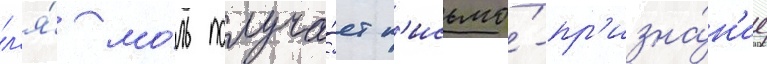
л'я́ мо́ль получа́ет п'исьмо́-пр'изна́н'ие